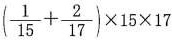
$$( \frac { 1 } { 1 5 } + \frac { 2 } { 1 7 } ) \times 1 5 \times 1 7$$